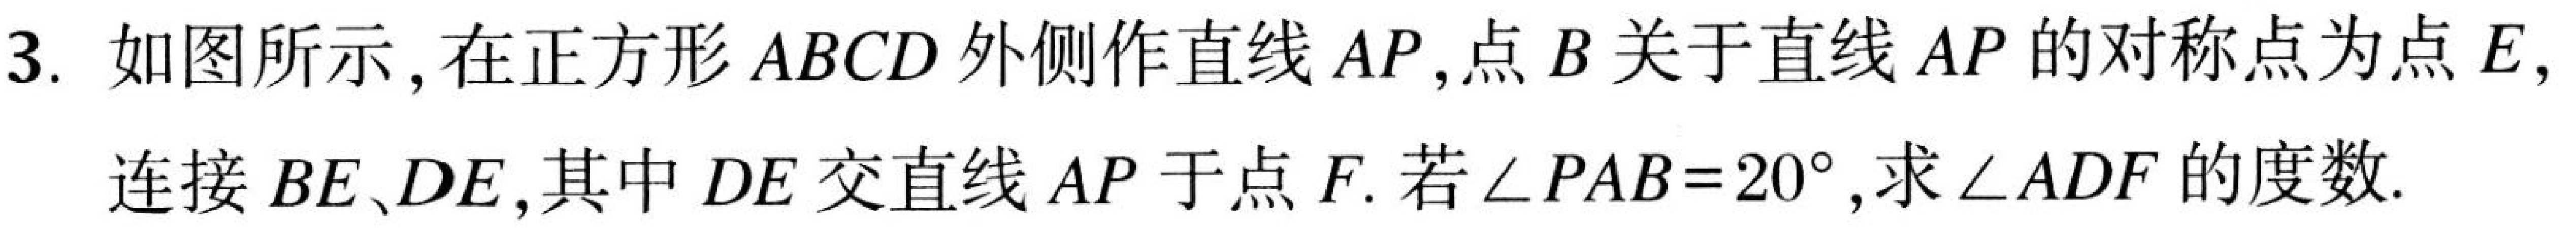
3. 如图所示,在正方形$ABCD$外侧作直线$AP$,点$B$关于直线$AP$的对称点为点$E,$连接$BE、DE$,其中$DE$交直线$AP$于点$F$. 若$\angle PAB = 20^{\circ}$,求$\angle ADF$的度数.